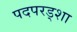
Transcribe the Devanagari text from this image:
पदपरड्शा